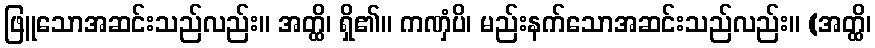
ဖြူသောအဆင်းသည်လည်း။ အတ္ထိ၊ ရှိ၏။ ကဏှံပိ၊ မည်းနက်သောအဆင်းသည်လည်း။ (အတ္ထိ၊